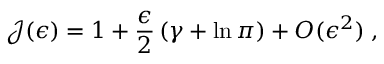
{ \mathcal J } ( \epsilon ) = 1 + \frac { \epsilon } { 2 } \left( \gamma + \ln \pi \right) + O ( \epsilon ^ { 2 } ) \; ,